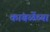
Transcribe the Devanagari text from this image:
कांबळेंच्या